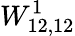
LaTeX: W_{12,12}^{1}